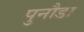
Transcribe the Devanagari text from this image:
पुनौडा